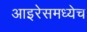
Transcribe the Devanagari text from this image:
आइरेसमध्येच